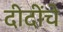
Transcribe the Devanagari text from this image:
दीदींचे